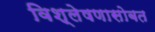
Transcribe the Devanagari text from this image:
विश्लेषणासोबत